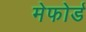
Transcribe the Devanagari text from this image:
मेफोर्ड